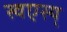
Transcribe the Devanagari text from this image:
स्वएस्य्